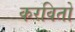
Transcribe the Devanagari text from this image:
करवितो